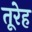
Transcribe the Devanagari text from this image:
तूरेह